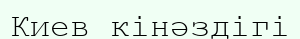
Киев кінәздігі